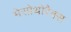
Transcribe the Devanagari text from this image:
मेसोथोरैक्स